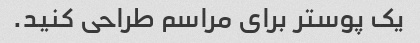
یک پوستر برای مراسم طراحی کنید.